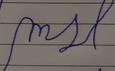
Signature authenticity: forged